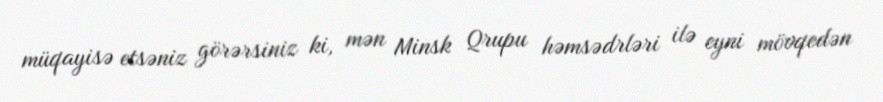
müqayisə etsəniz görərsiniz ki, mən Minsk Qrupu həmsədrləri ilə eyni mövqedən